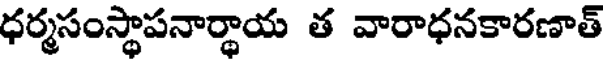
ధర్మసంస్థాపనార్ధాయ త వారాధనకారణాత్